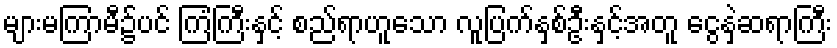
များမကြာမီ၌ပင် ကြံကြီးနှင့် စည်ရာဟူသော လူပြက်နှစ်ဦးနှင့်အတူ ငွေနှဲဆရာကြီး